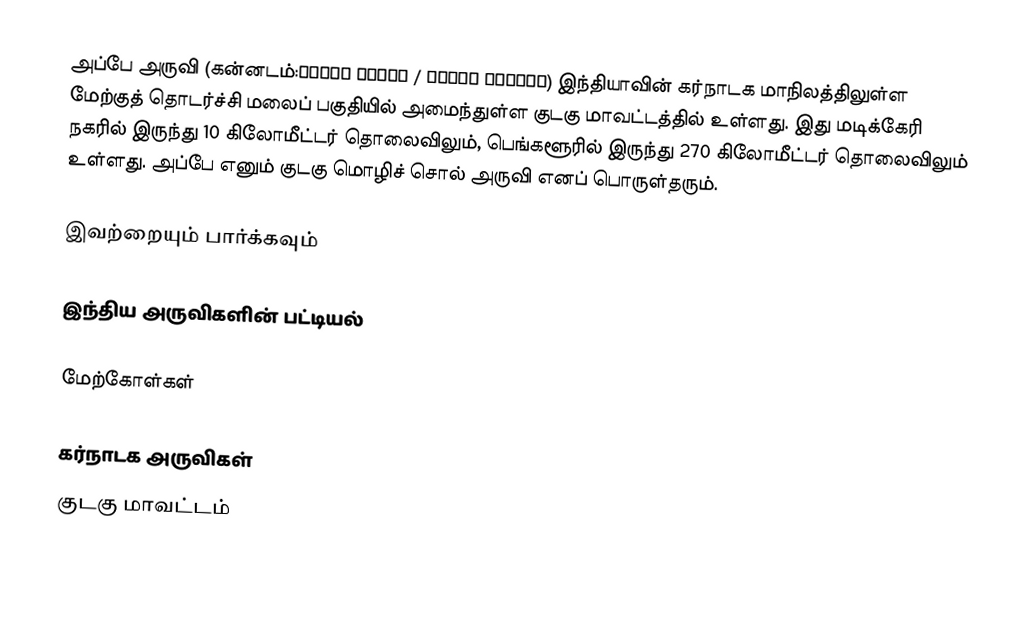
அப்பே அருவி (கன்னடம்:ಅಬ್ಬೆ ಜಲಪಾತ / ಅಬ್ಬೆ ಫಾಲ್ಸ್) இந்தியாவின் கர்நாடக மாநிலத்திலுள்ள மேற்குத் தொடர்ச்சி மலைப் பகுதியில் அமைந்துள்ள குடகு மாவட்டத்தில் உள்ளது. இது மடிக்கேரி நகரில் இருந்து 10 கிலோமீட்டர் தொலைவிலும், பெங்களூரில் இருந்து 270 கிலோமீட்டர் தொலைவிலும் உள்ளது. அப்பே எனும் குடகு மொழிச் சொல் அருவி எனப் பொருள்தரும்.

இவற்றையும் பார்க்கவும்

 இந்திய அருவிகளின் பட்டியல்

மேற்கோள்கள்

கர்நாடக அருவிகள்
குடகு மாவட்டம்